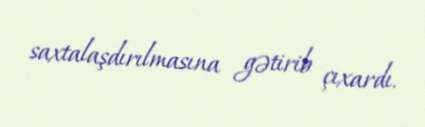
saxtalaşdırılmasına gətirib çıxardı.